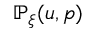
\mathbb { P } _ { \xi } ( u , p )